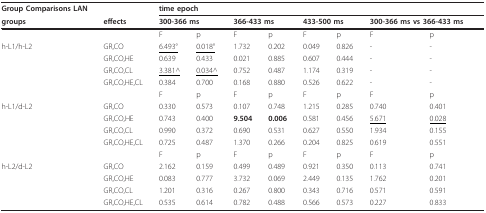
<table><thead><tr><td><b>Group Comparisons LAN</b></td><td></td><td colspan="4"><b>time epoch</b></td><td></td><td></td><td></td><td></td></tr><tr><td><b>groups</b></td><td><b>effects</b></td><td colspan="2"><b>300-366 ms</b></td><td colspan="2"><b>366-433 ms</b></td><td colspan="2"><b>433-500 ms</b></td><td colspan="2"><b>300-366 ms vs 366-433 ms</b></td></tr></thead><tbody><tr><td colspan="2"></td><td>F</td><td>p</td><td>F</td><td>p</td><td>F</td><td>p</td><td>F</td><td>p</td></tr><tr><td>h-L1/h-L2</td><td>GR,CO</td><td><underline>6.493°</underline></td><td><underline>0.018°</underline></td><td>1.732</td><td>0.202</td><td>0.049</td><td>0.826</td><td>-</td><td>-</td></tr><tr><td></td><td>GR,CO,HE</td><td>0.639</td><td>0.433</td><td>0.021</td><td>0.885</td><td>0.607</td><td>0.444</td><td>-</td><td>-</td></tr><tr><td></td><td>GR,CO,CL</td><td><underline>3.381^</underline></td><td><underline>0.034^</underline></td><td>0.752</td><td>0.487</td><td>1.174</td><td>0.319</td><td>-</td><td>-</td></tr><tr><td></td><td>GR,CO,HE,CL</td><td>0.384</td><td>0.700</td><td>0.168</td><td>0.880</td><td>0.526</td><td>0.622</td><td>-</td><td>-</td></tr><tr><td></td><td></td><td>F</td><td>p</td><td>F</td><td>p</td><td>F</td><td>p</td><td>F</td><td>p</td></tr><tr><td>h-L1/d-L2</td><td>GR,CO</td><td>0.330</td><td>0.573</td><td>0.107</td><td>0.748</td><td>1.215</td><td>0.285</td><td>0.740</td><td>0.401</td></tr><tr><td></td><td>GR,CO,HE</td><td>0.743</td><td>0.400</td><td><b>9.504</b></td><td><b>0.006</b></td><td>0.581</td><td>0.456</td><td><underline>5.671</underline></td><td><underline>0.028</underline></td></tr><tr><td></td><td>GR,CO,CL</td><td>0.990</td><td>0.372</td><td>0.690</td><td>0.531</td><td>0.627</td><td>0.550</td><td>1.934</td><td>0.155</td></tr><tr><td></td><td>GR,CO,HE,CL</td><td>0.725</td><td>0.487</td><td>1.370</td><td>0.266</td><td>0.204</td><td>0.825</td><td>0.619</td><td>0.551</td></tr><tr><td></td><td></td><td>F</td><td>p</td><td>F</td><td>p</td><td>F</td><td>p</td><td>F</td><td>p</td></tr><tr><td>h-L2/d-L2</td><td>GR,CO</td><td>2.162</td><td>0.159</td><td>0.499</td><td>0.489</td><td>0.921</td><td>0.350</td><td>0.113</td><td>0.741</td></tr><tr><td></td><td>GR,CO,HE</td><td>0.083</td><td>0.777</td><td>3.732</td><td>0.069</td><td>2.449</td><td>0.135</td><td>1.762</td><td>0.201</td></tr><tr><td></td><td>GR,CO,CL</td><td>1.201</td><td>0.316</td><td>0.267</td><td>0.800</td><td>0.343</td><td>0.716</td><td>0.571</td><td>0.591</td></tr><tr><td></td><td>GR,CO,HE,CL</td><td>0.535</td><td>0.614</td><td>0.782</td><td>0.488</td><td>0.566</td><td>0.573</td><td>0.227</td><td>0.833</td></tr></tbody></table>